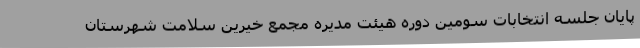
پایان جلسه انتخابات سومین دوره هیئت مدیره مجمع خیرین سلامت شهرستان